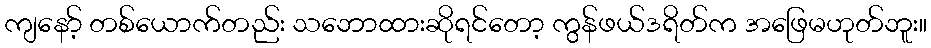
ကျနော့် တစ်ယောက်တည်း သဘောထားဆိုရင်တော့ ကွန်ဖယ်ဒရိတ်က အဖြေမဟုတ်ဘူး။